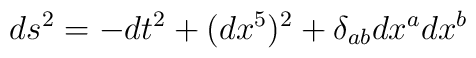
ds^2 = -dt^2 + (dx^5)^2 + \delta_{ab} dx^a dx^b